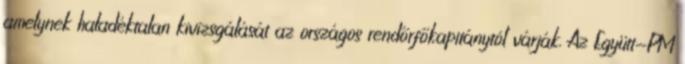
amelynek haladéktalan kivizsgálását az országos rendőrfőkapitánytól várják. Az Együtt-PM